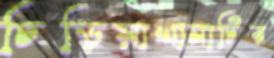
চিড়িয়াখানাটির